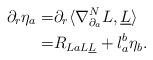
LaTeX: \begin{align*}\partial_r \eta_a = & \partial_r \langle \nabla^N_{\partial_a}L, \underline L \rangle \\=& R_{LaL \underline L} +l_a^b \eta_b.\end{align*}